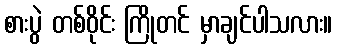
စားပွဲ တစ်ဝိုင်း ကြိုတင် မှာချင်ပါသလား။